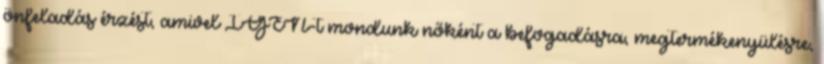
önfeladás érzést, amivel IGEN-t mondunk nőként a befogadásra, megtermékenyülésre,